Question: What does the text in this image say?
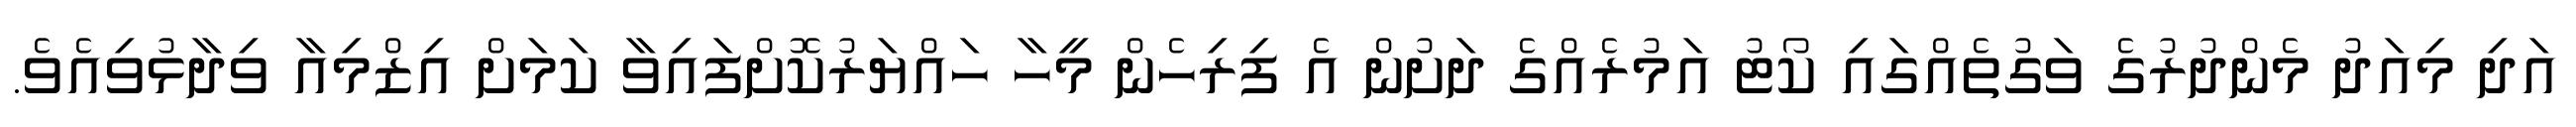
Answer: އަދި މިއަދު މެންދުރުގެ ވަގުތެއްގައި ކޯޓު އަމުރެއްގެ ދަށުން އެ ފިރިހެން މީހާ ހައްޔަރުކޮށްފައިވާ ކަމަށް އިޒްމިއާ ވިދާޅުވިއެވެ.